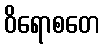
ဝိရောစတေ